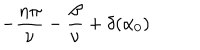
- \frac { n \pi } { \nu } - \frac { \beta } { \nu } + \delta ( \alpha _ { 0 } )